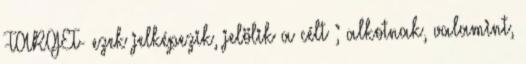
-TARGET- ezek jelképezik, jelölik a célt ; alkotnak, valamint,